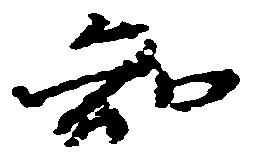
知